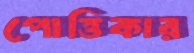
পোত্তিকার